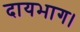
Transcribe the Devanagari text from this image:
दायभाग।